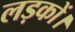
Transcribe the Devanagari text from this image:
लड़कों।